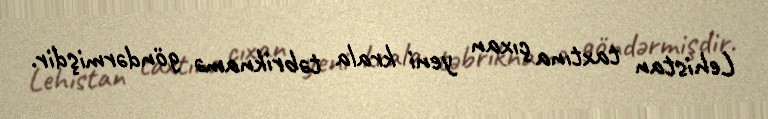
Lehistan taxtına çıxan yeni krala təbriknamə göndərmişdir.